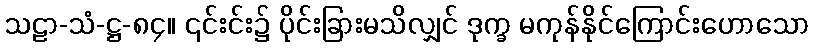
သဠာ-သံ-ဋ္ဌ-၈၄။ ၎င်းင်း၌ ပိုင်းခြားမသိလျှင် ဒုက္ခ မကုန်နိုင်ကြောင်းဟောသော